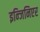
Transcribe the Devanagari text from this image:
इन्जिनिएर